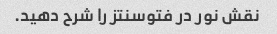
نقش نور در فتوسنتز را شرح دهید.